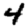
Digit: 4